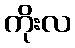
ကိုးလ